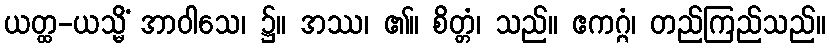
ယတ္ထ-ယသ္မိံ အာဝါသေ၊ ၌။ အဿ၊ ၏။ စိတ္တံ၊ သည်။ ဧကဂ္ဂံ၊ တည်ကြည်သည်။